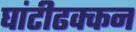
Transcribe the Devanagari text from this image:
घांटीढक्कन